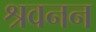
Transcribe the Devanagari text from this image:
श्रवनन